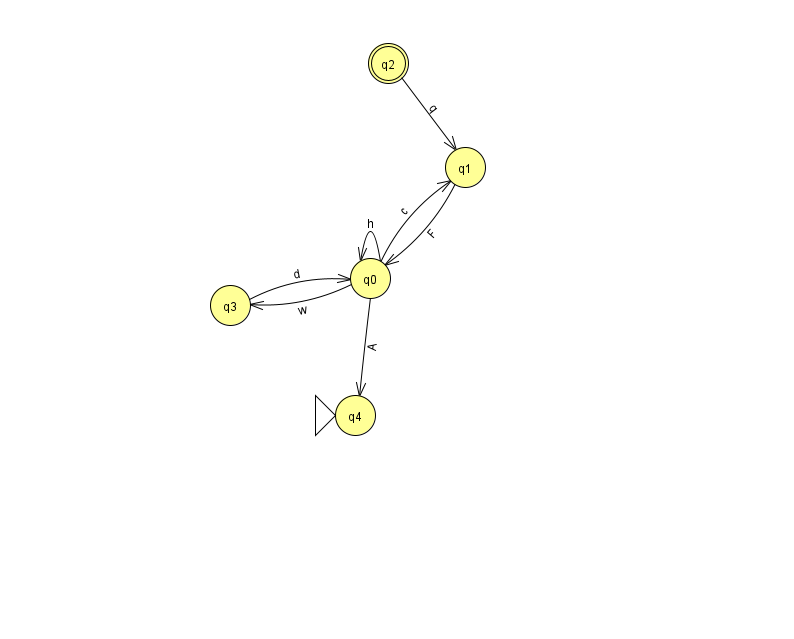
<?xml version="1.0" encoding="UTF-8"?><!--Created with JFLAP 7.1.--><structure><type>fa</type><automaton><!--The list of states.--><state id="0" name="q0"><x>370.0</x><y>265.0</y></state><state id="1" name="q1"><x>465.0</x><y>154.0</y></state><state id="2" name="q2"><x>388.0</x><y>50.0</y><final/></state><state id="3" name="q3"><x>230.0</x><y>292.0</y></state><state id="4" name="q4"><x>355.0</x><y>402.0</y><initial/></state><!--The list of transitions.--><transition><from>0</from><to>4</to><read>A</read></transition><transition><from>0</from><to>0</to><read>h</read></transition><transition><from>0</from><to>3</to><read>w</read></transition><transition><from>1</from><to>0</to><read>F</read></transition><transition><from>3</from><to>0</to><read>d</read></transition><transition><from>2</from><to>1</to><read>q</read></transition><transition><from>0</from><to>1</to><read>c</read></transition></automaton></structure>